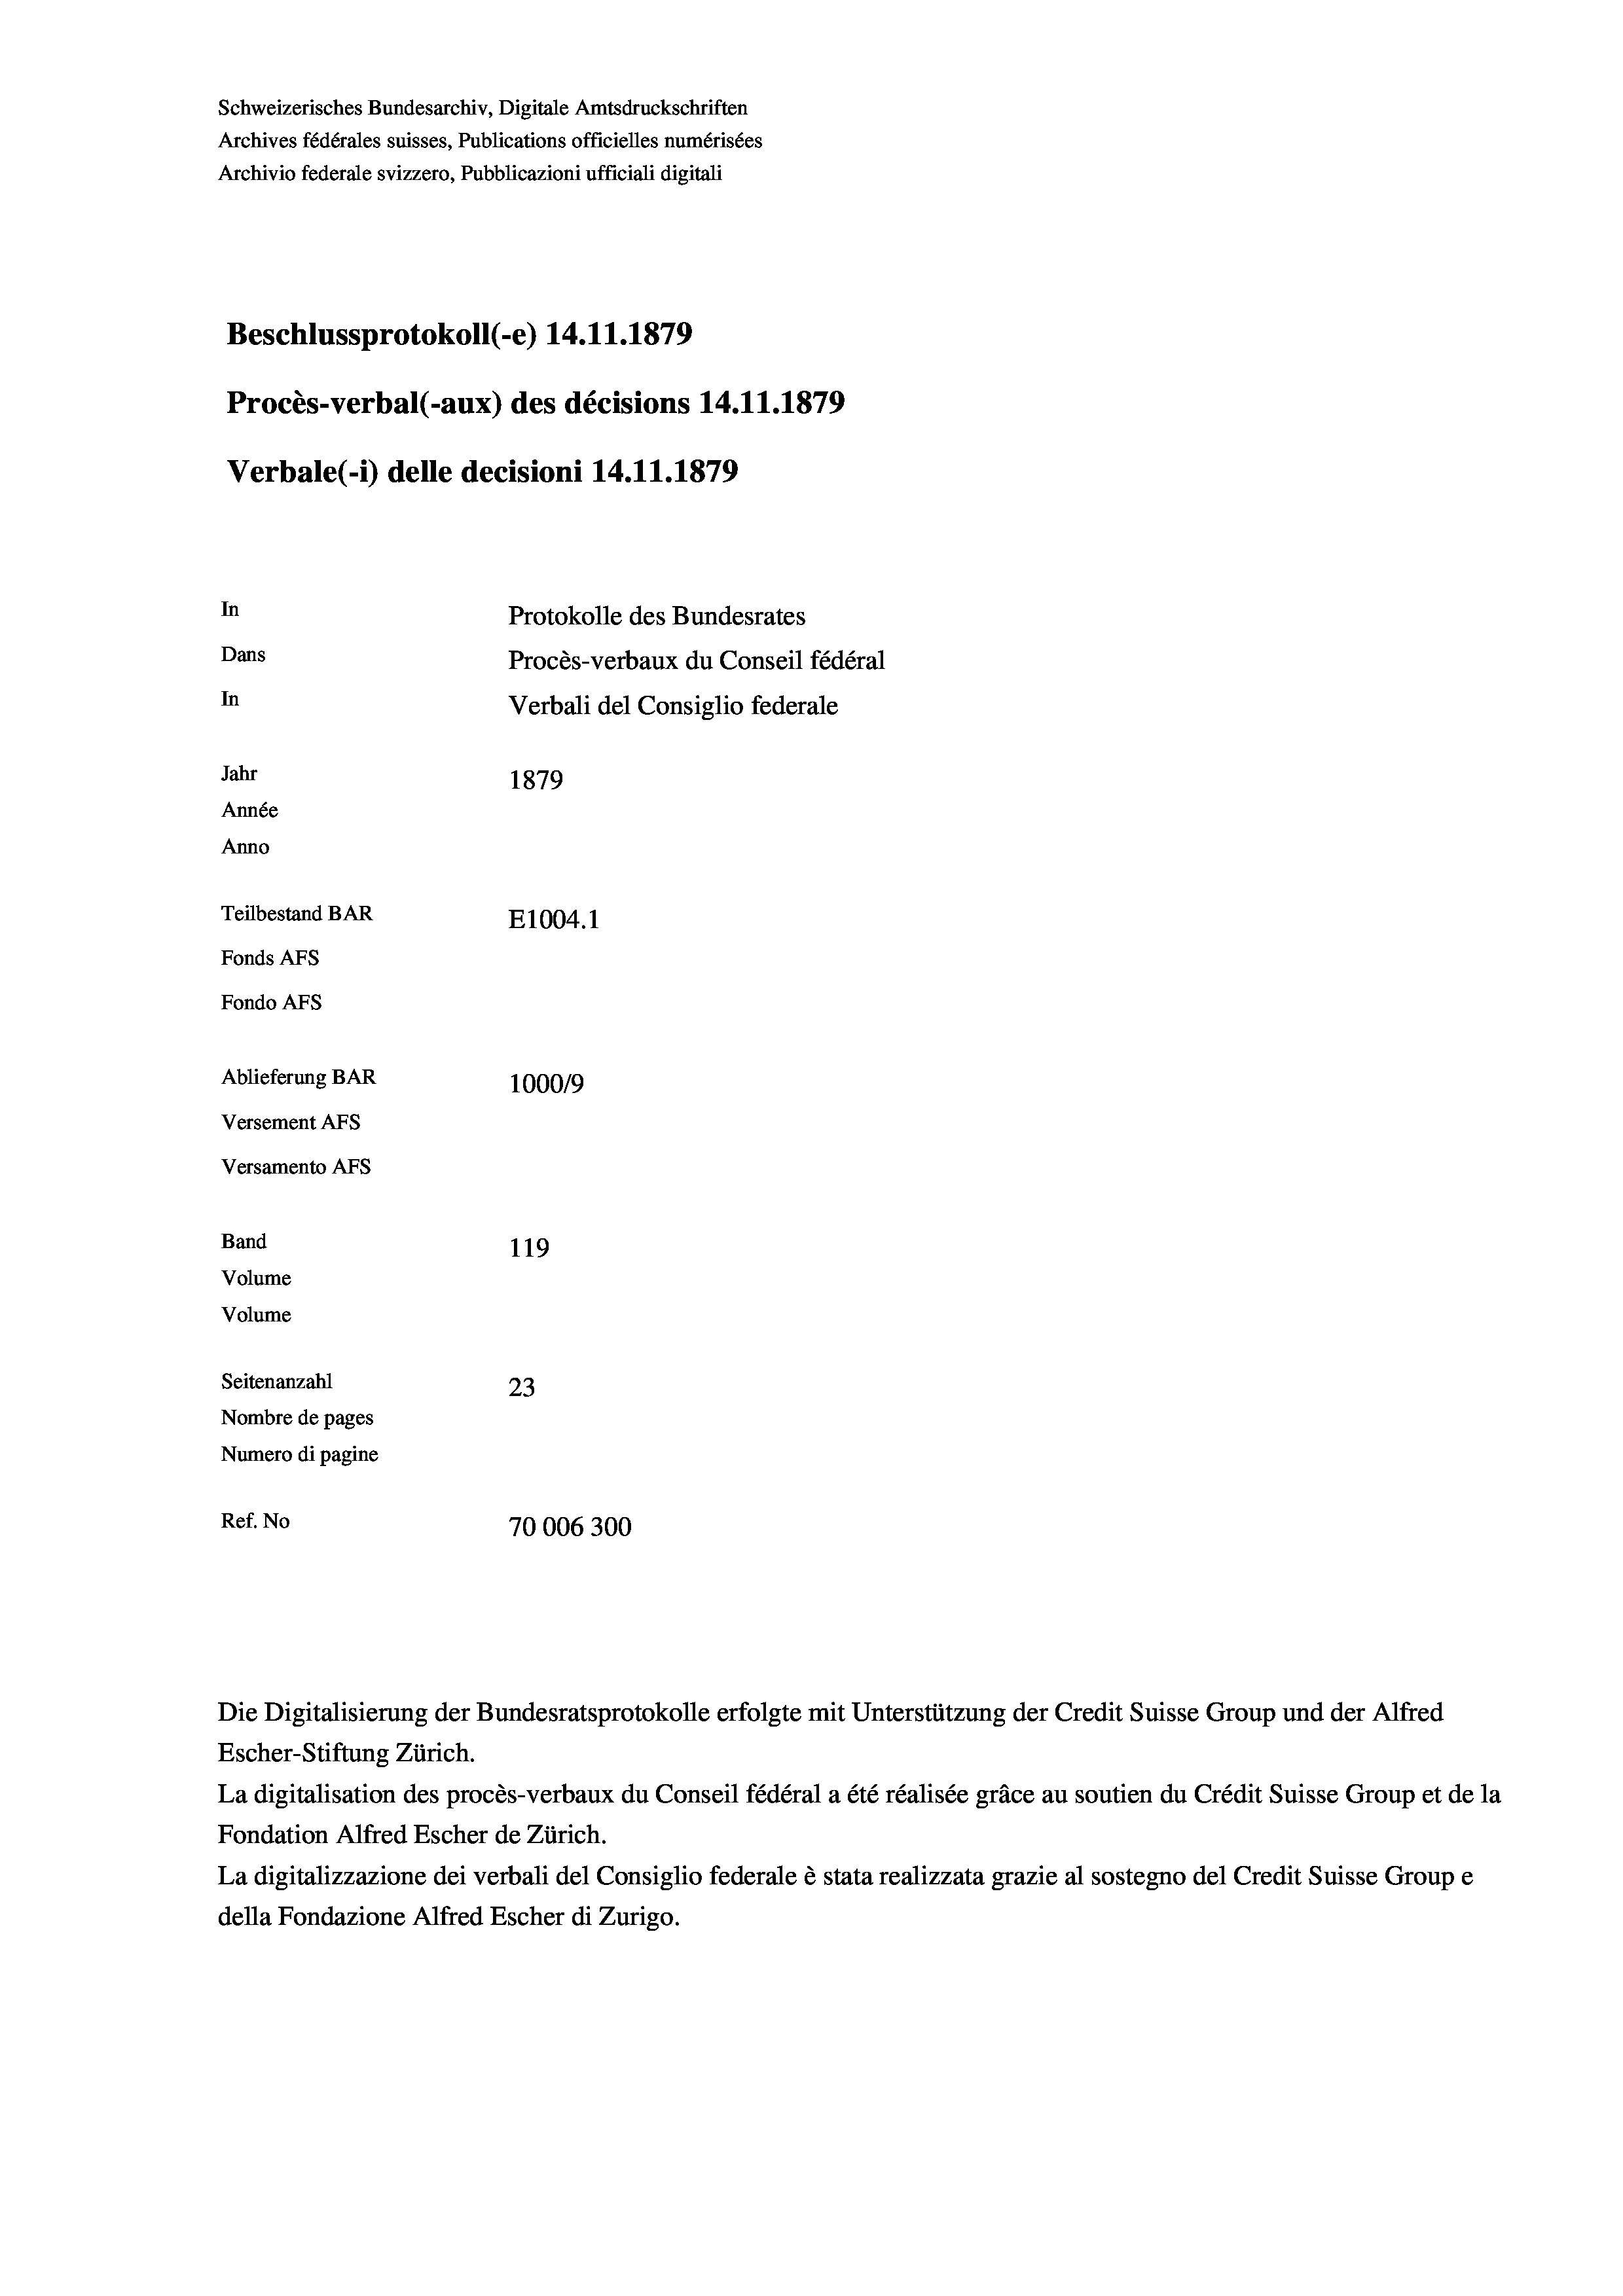
Schweizerisches Bundesarchiv, Digitale Amtsdruckschriften
Archives fédérales suisses, Publications officielles numérisées
Archivio federale svizzero, Pubblicazioni ufficiali digitali
Beschlussprotokoll (e) 14.11.1879
Procès-verbal (-aux) des décisions 14.11.1879
Verbale (1) delle decisioni 14.11.1879
In
Protokolle des Bundesrates
Dans
Procès-verbaux du Conseil fédéral
In
Verbali del Consiglio federale
Jahr
1879
Année
Anno
Teilbestand BAR
E1004.1
Fonds Afs
Fondo AFs
Ablieferung BAR
1000/9
Versement Abs
Versamento AFs

119
Seitenanzahl
23
Nombre de pages
Numero di pagine
Ref. No
70006300

Band
Volume
Volume

Escher-Stiftung Zürich.
La digitalisation des procès-verbaux du Conseil fédéral a été réalisée gräce au soutien du Crédit Suisse Group et de la
Fondation Alfred Escher de Zürich.
La digitalizzazione dei verbali del Consiglio federale è stata realizzata grazie al sostegno del Credit Suisse Groupe
della Fondazione Alfred Escher di Zurigo.

Die Digitalisierung der Bundesratsprotokolle erfolgte mit Unterstützung der Credit Suisse Group und der Alfred